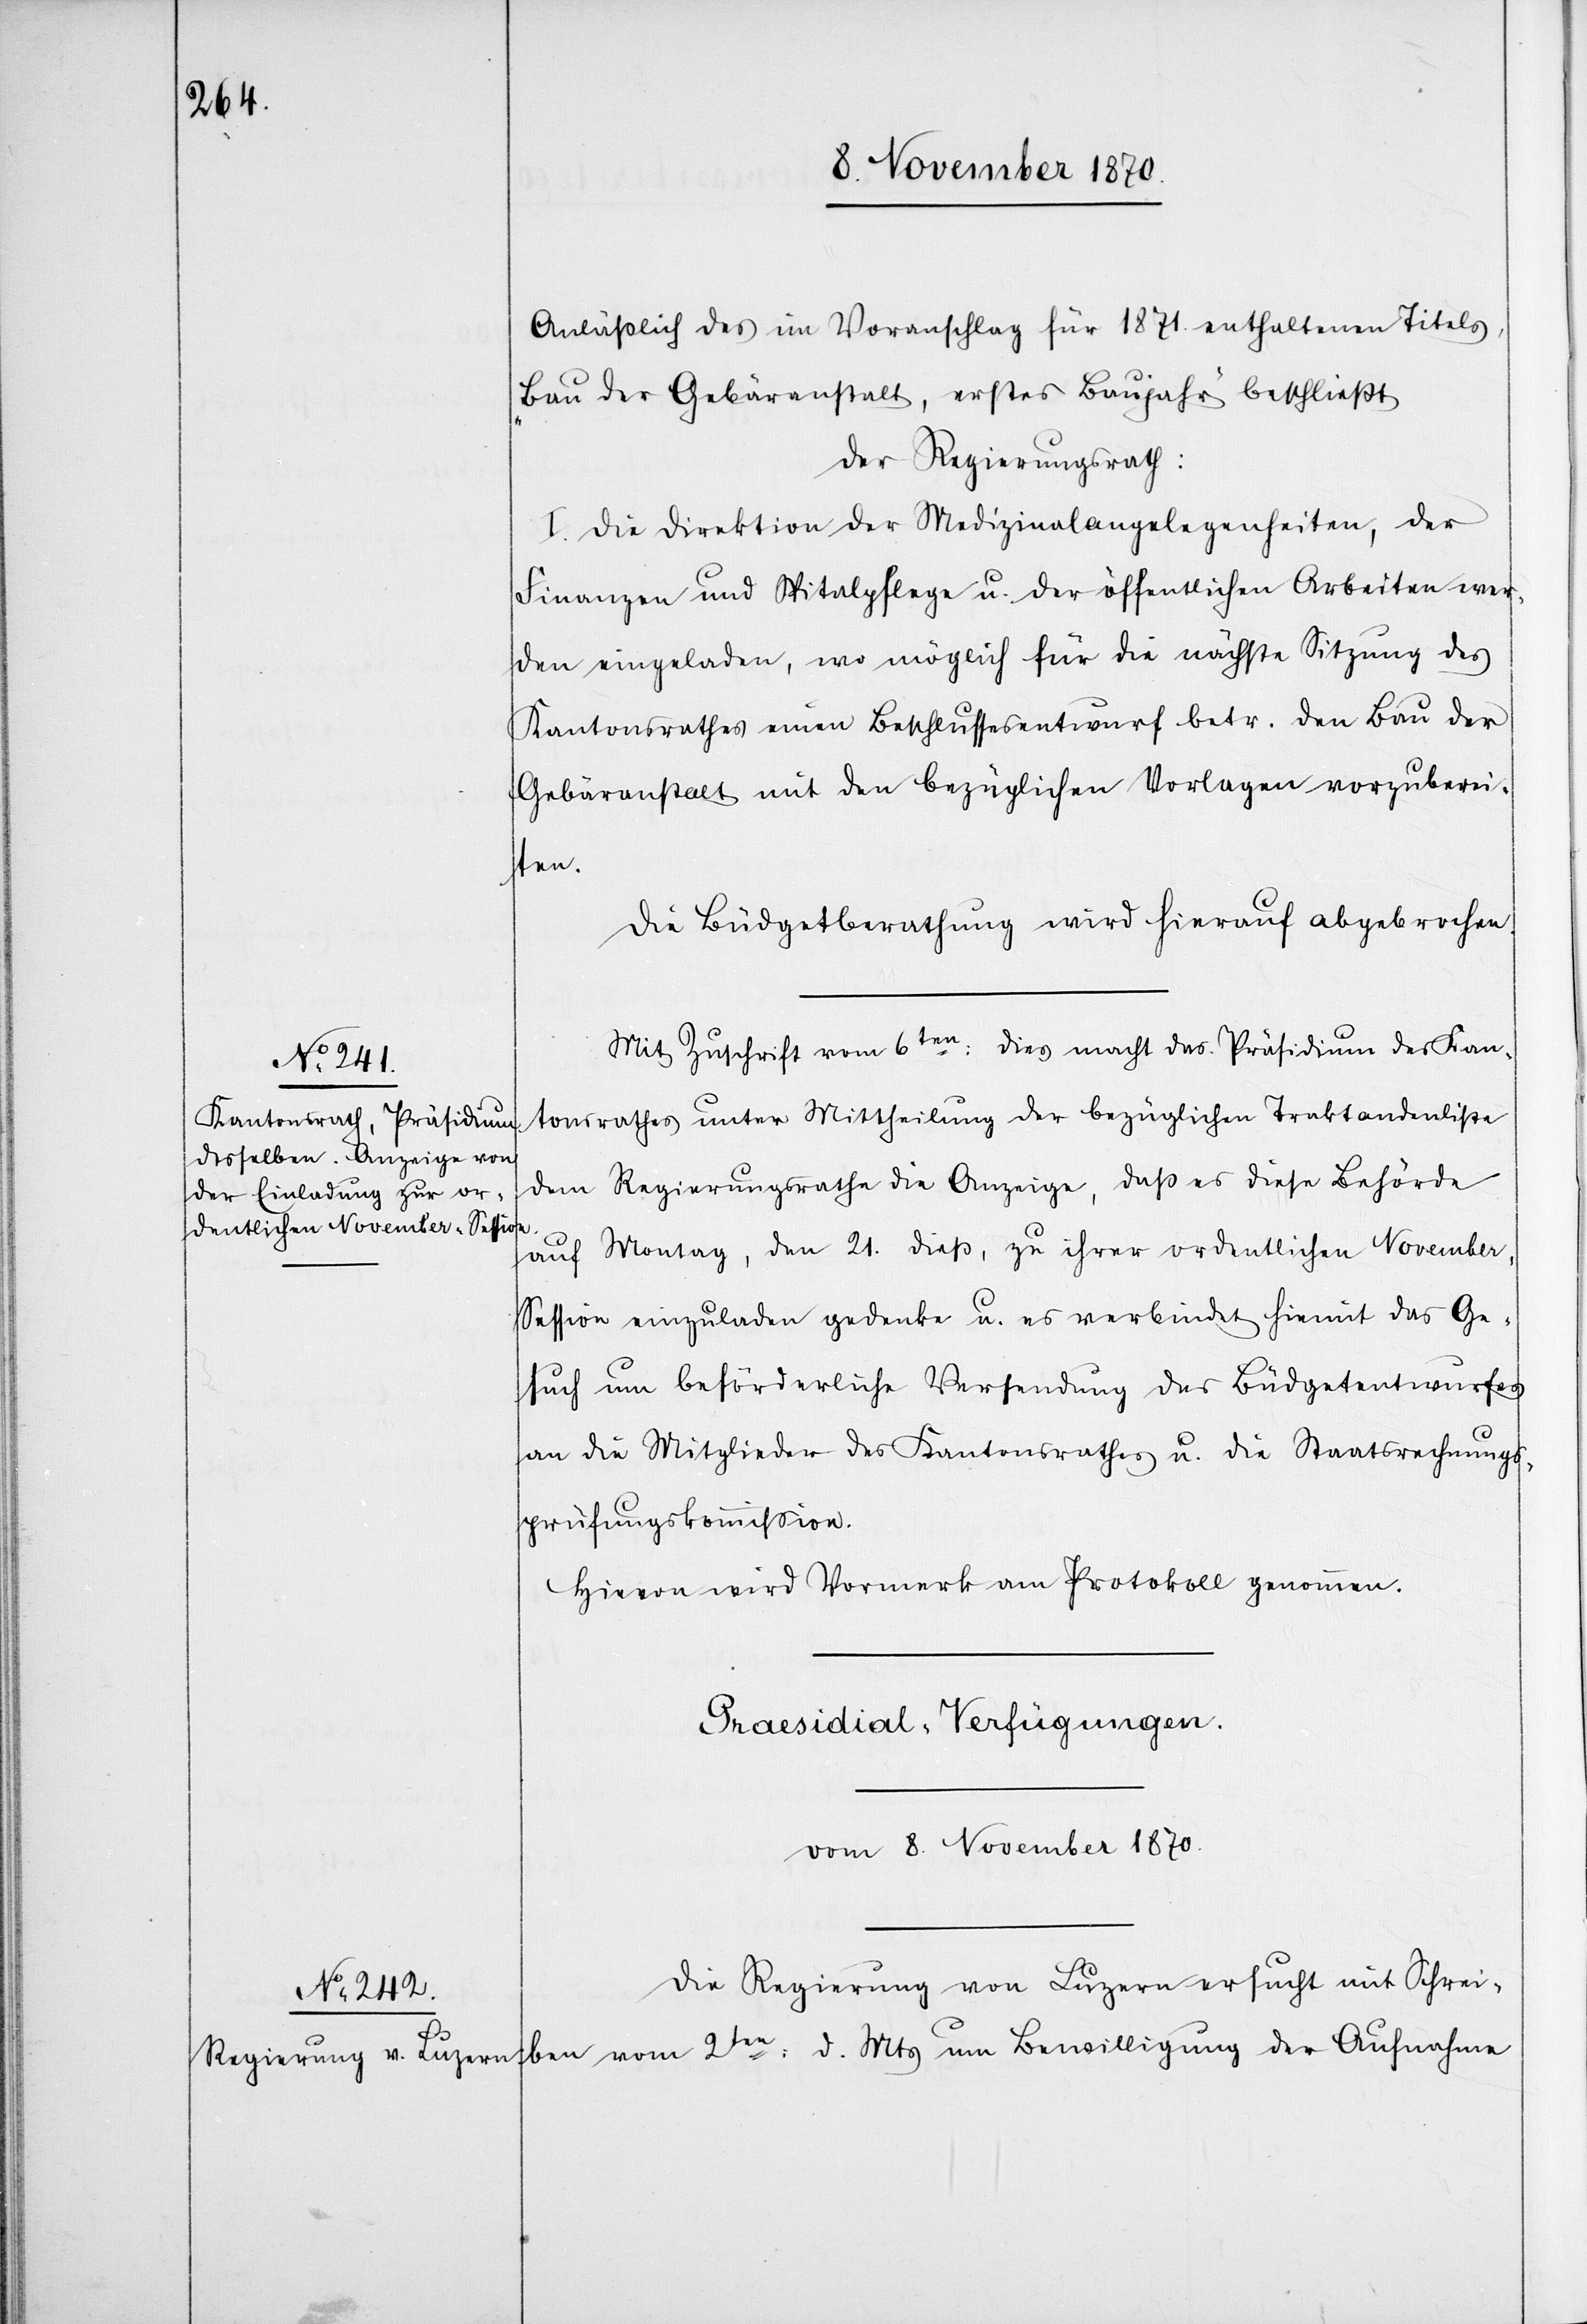
Anläßlich des im Voranschlag für 1871. enthaltenen Titels
„Bau der Gebäranstalt, erstes Baujahr“ beschließt
der Regierungsrath:
I. Die Direktion der Medizinalangelegenheiten, der
Finanzen und Spitalpflege u. der öffentlichen Arbeiten wer¬
den eingeladen, wo möglich für die nächste Sitzung des
Kantonsrathes einen Beschlussesentwurf betr. den Bau der
Gebäranstalt mit den bezüglichen Vorlagen vorzuberei¬
2ten:
Die Büdgetberathung wird hierauf abgebrochen.
Mit Zuschrift vom 6ten dies macht das Präsidium des Kan¬
tonsrathes unter Mittheilung der bezüglichen Traktandenliste
dem Regierungsrathe die Anzeige, das es diese Behörde
auf Montag, den 21. dieß, zu ihrer ordentlichen Novembe¬
r-Session einzuladen gedenke u. es verbindet hiemit das Ge¬
such um beförderliche Versendung des Büdgetentwurfes
an die Mitglieder des Kantonsrathes u. die Staatsrechungs¬
prüfungskommißion.
Hievon wird Vormerk am Protokoll genommen.
Praesidial-Verfügungen.
vom 8. November 1870.
Die Regierung von Luzern ersucht mit Schrei¬